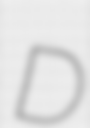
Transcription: D